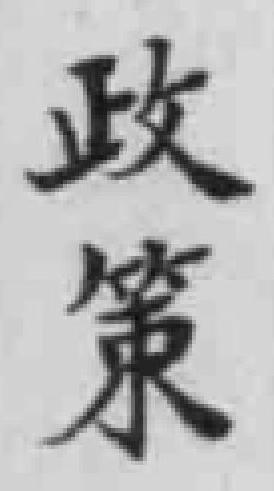
政策